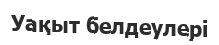
Уақыт белдеулері